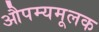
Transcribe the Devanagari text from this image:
औपम्यमूलक